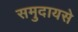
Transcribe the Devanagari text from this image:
समुदायसे